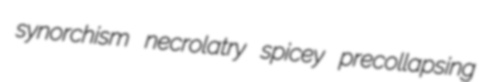
synorchism necrolatry spicey precollapsing